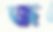
জ